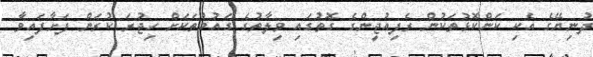
ދުނިޔޭގެ އެކި ކަންކޮޅުތަކުން ރެފިއުޖީންގެ ގޮތުގައި ވިލާތުގެ ގައުމުތަކަށް ހިޖުރަ ކުރަން ފަށާފައިވާ